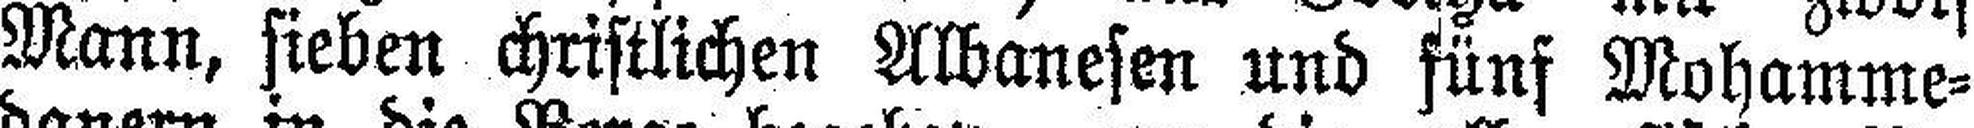
Mann, sieben christlichen Albanesen und fünf Mohamme¬